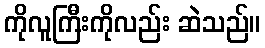
ကိုလူကြီးကိုလည်း ဆဲသည်။